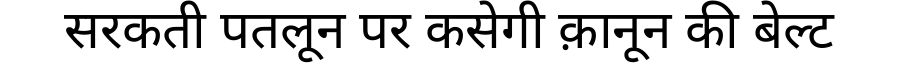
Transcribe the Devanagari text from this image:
सरकती पतलून पर कसेगी क़ानून की बेल्ट